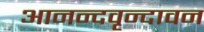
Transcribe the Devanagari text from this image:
आनन्दवृन्दावन